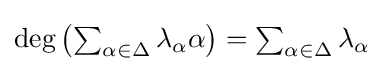
{\textstyle \deg \left(\sum _{\alpha \in \Delta }\lambda _{\alpha }\alpha \right)=\sum _{\alpha \in \Delta }\lambda _{\alpha }}